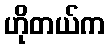
ဟိုတယ်က